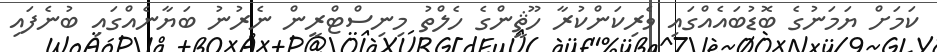
ކަމަށް ޔަމަނުގެ ބޮޑުބައެއްގައި ވެރިކަންކުރާ ހޫޘީންގެ ހެލްތު މިނިސްޓްރީން ނެރުނު ބަޔާނެއްގައި ބުނެފައި